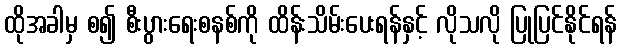
ထိုအခါမှ စ၍ စီးပွားရေးစနစ်ကို ထိန်းသိမ်းပေးရန်နှင့် လိုသလို ပြုပြင်နိုင်ရန်